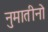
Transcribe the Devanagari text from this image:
नुमातीनो